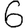
Digit: 6